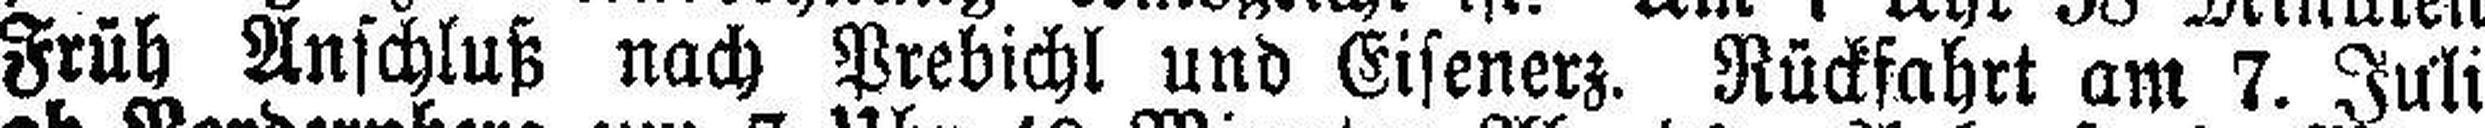
Früh Anschluß nach Prebichl und Eisenerz. Rückfahrt am 7. Juli